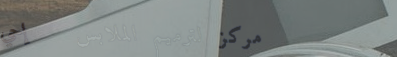
مركز لترميم الملابس   إحي